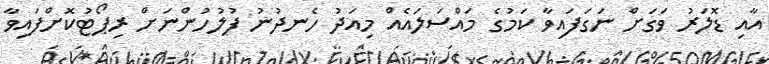
އާއި ޑޮލަރު ވަގަށް ނަގަފައިވާ ކަމުގެ މައްސަލައެއް މިއަދު ހެނދުނު ފުލުހުންނަށް ރިޕޯޓުކޮށްފައިވާ